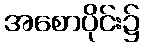
အစောပိုင်း၌